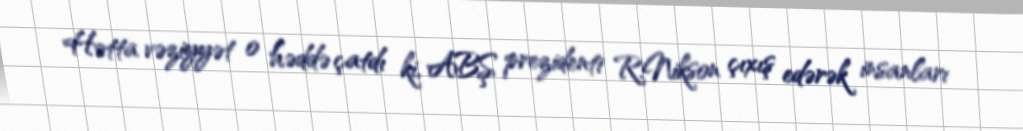
Hətta vəziyyət o həddə çatdı ki, ABŞ prezidenti R.Nikson çıxış edərək insanları